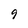
Character: 9